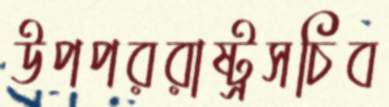
উপপররাষ্ট্রসচিব